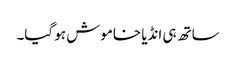
ساتھ ہی انڈیا خاموش ہو گیا۔